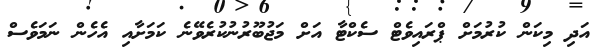
އަދި މިކަން ކުރުމަށް ޕްރައިވެޓް ސެކްޓާ އަށް މަޖުބޫރުނުކުރެވޭނެ ކަަމަށާއި އެހެން ނަމަވެސް